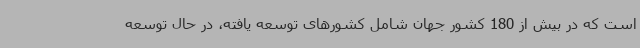
است که در بیش از 180 کشور جهان شامل کشورهای توسعه یافته، در حال توسعه